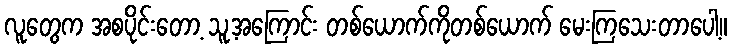
လူတွေက အစပိုင်းတော့ သူ့အကြောင်း တစ်ယောက်ကိုတစ်ယောက် မေးကြသေးတာပေါ့။